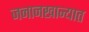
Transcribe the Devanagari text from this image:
जनानखान्यात